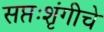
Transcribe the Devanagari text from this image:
सप्तःशृंगीचे